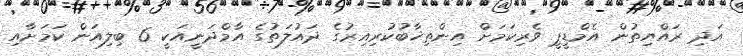
އަދި ރައްޔިތުން އެމްޑީޕީ ވެރިކަމަށް އިންތިޚާބުކުރިއިރުގެ ދައުލަތުގެ އާމްދަނީއަކީ 6 ބިލިއަން ކަމަށާއި